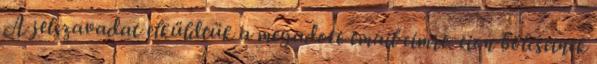
A jelszavadat elküldtük a megadott email címre. cion bölcseinek